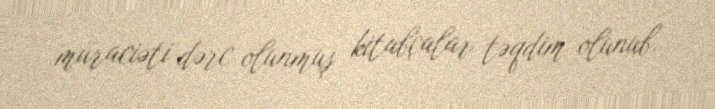
müraciəti dərc olunmuş kitabçalar təqdim olunub.